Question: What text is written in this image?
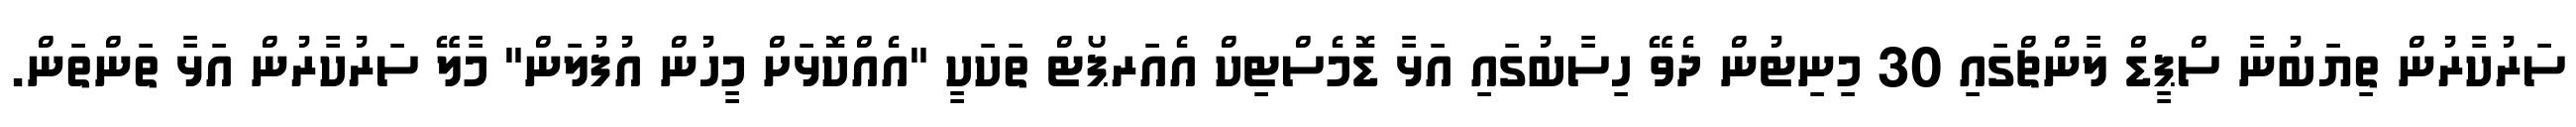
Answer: ސަރުކާރުން ތިޔަބުނާ ސްޕީޑް ލާންޗްގައި 30 މިނިޓުން ދެވޭ ހިސާބުގައި އަޅާ ޑޮމެސްޓިކް އެއަރޕޯޓް ތަކަކީ "އެއްކޮޅަށް މީހުން އުފުލަން" މާލޭ ސަރުކާރުން އަޅާ ތަންތަން.